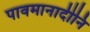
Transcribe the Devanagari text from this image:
पावमानादीनि